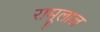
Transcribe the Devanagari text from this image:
रामूलाल